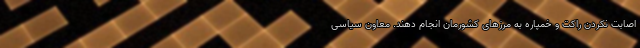
اصابت نکردن راکت و خمپاره به مرزهای کشورمان انجام دهند. معاون سیاسی